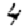
Digit: 4